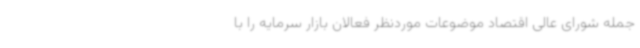
جمله شورای عالی اقتصاد موضوعات موردنظر فعالان بازار سرمایه را با